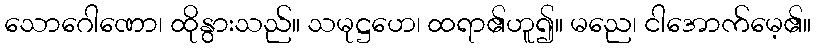
သောဂေါဏော၊ ထိုနွားသည်။ သမုဋ္ဌဟေ၊ ထရာ၏ဟူ၍။ မညေ၊ ငါအောက်မေ့၏။